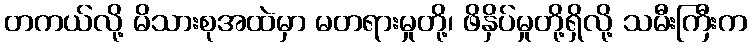
တကယ်လို့ မိသားစုအထဲမှာ မတရားမှုတို့၊ ဖိနှိပ်မှုတို့ရှိလို့ သမီးကြီးက